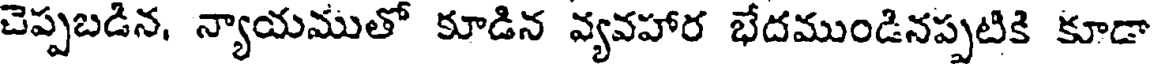
చెప్పబడిన, న్యాయముతో కూడిన వ్యవహార భేదముండినప్పటికి కూడా